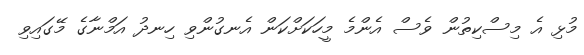
މުޅި އެ މިސްކިތުން ވެސް އެންމެ މީހަކަށްކަން އެނގުންވި ހިނދު އަމްނާގެ މޭގައިވި